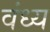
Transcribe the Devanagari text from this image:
वंध्य